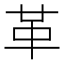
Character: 革